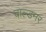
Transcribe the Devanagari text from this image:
वाल्डनर